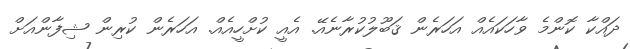
ދައްކާ ކޮންމެ ވާހަކައެއް އަހަރެން ޤަބޫލުކުރާނެއޭ. އެއީ ކުށްހީއެއް. އަހަރެން ކުރިން ޝިފާންއަށް